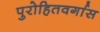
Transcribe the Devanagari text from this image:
पुरोहितवर्गास